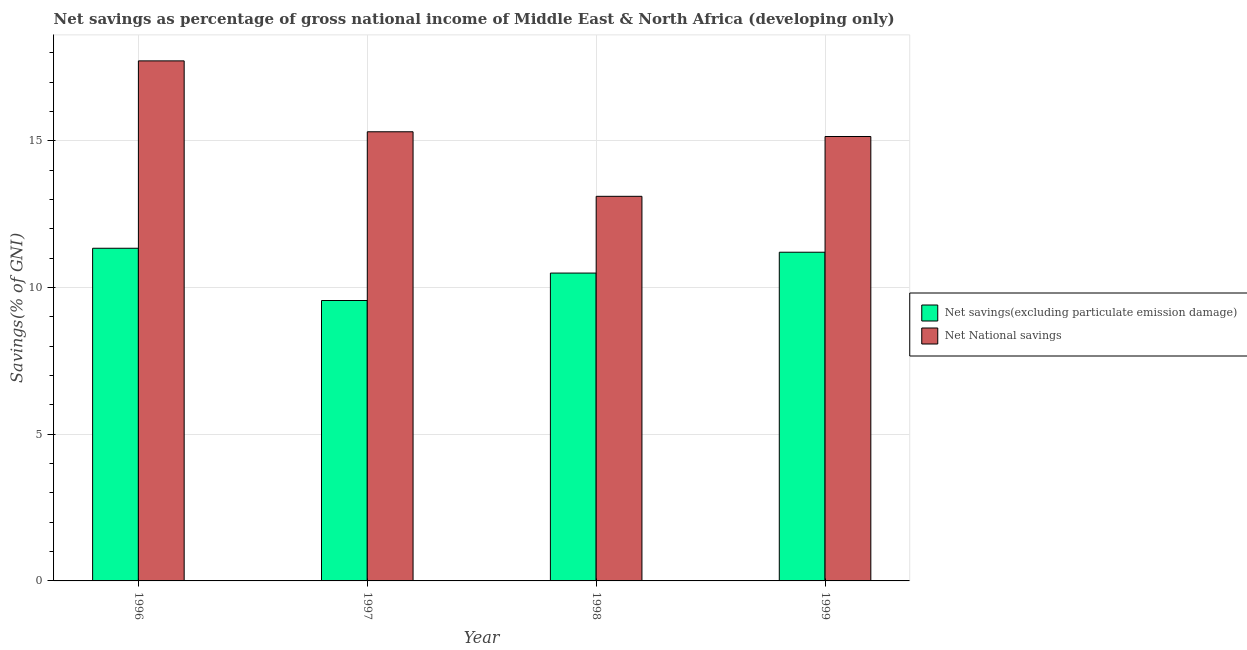
| Year | Net savings(excluding particulate emission damage) | Net National savings |
 | --- | --- | --- |
 | 1996 | 11.3 | 17.7 |
 | 1997 | 9.56 | 15.3 |
 | 1998 | 10.5 | 13.1 |
 | 1999 | 11.2 | 15.1 |